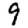
Digit: 9